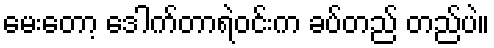
မေးတော့ ဒေါက်တာရဲဝင်းက ခပ်တည် တည်ပဲ။